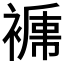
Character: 𧜑